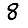
Digit: 8